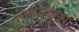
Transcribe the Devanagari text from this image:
अभ्यासकपण